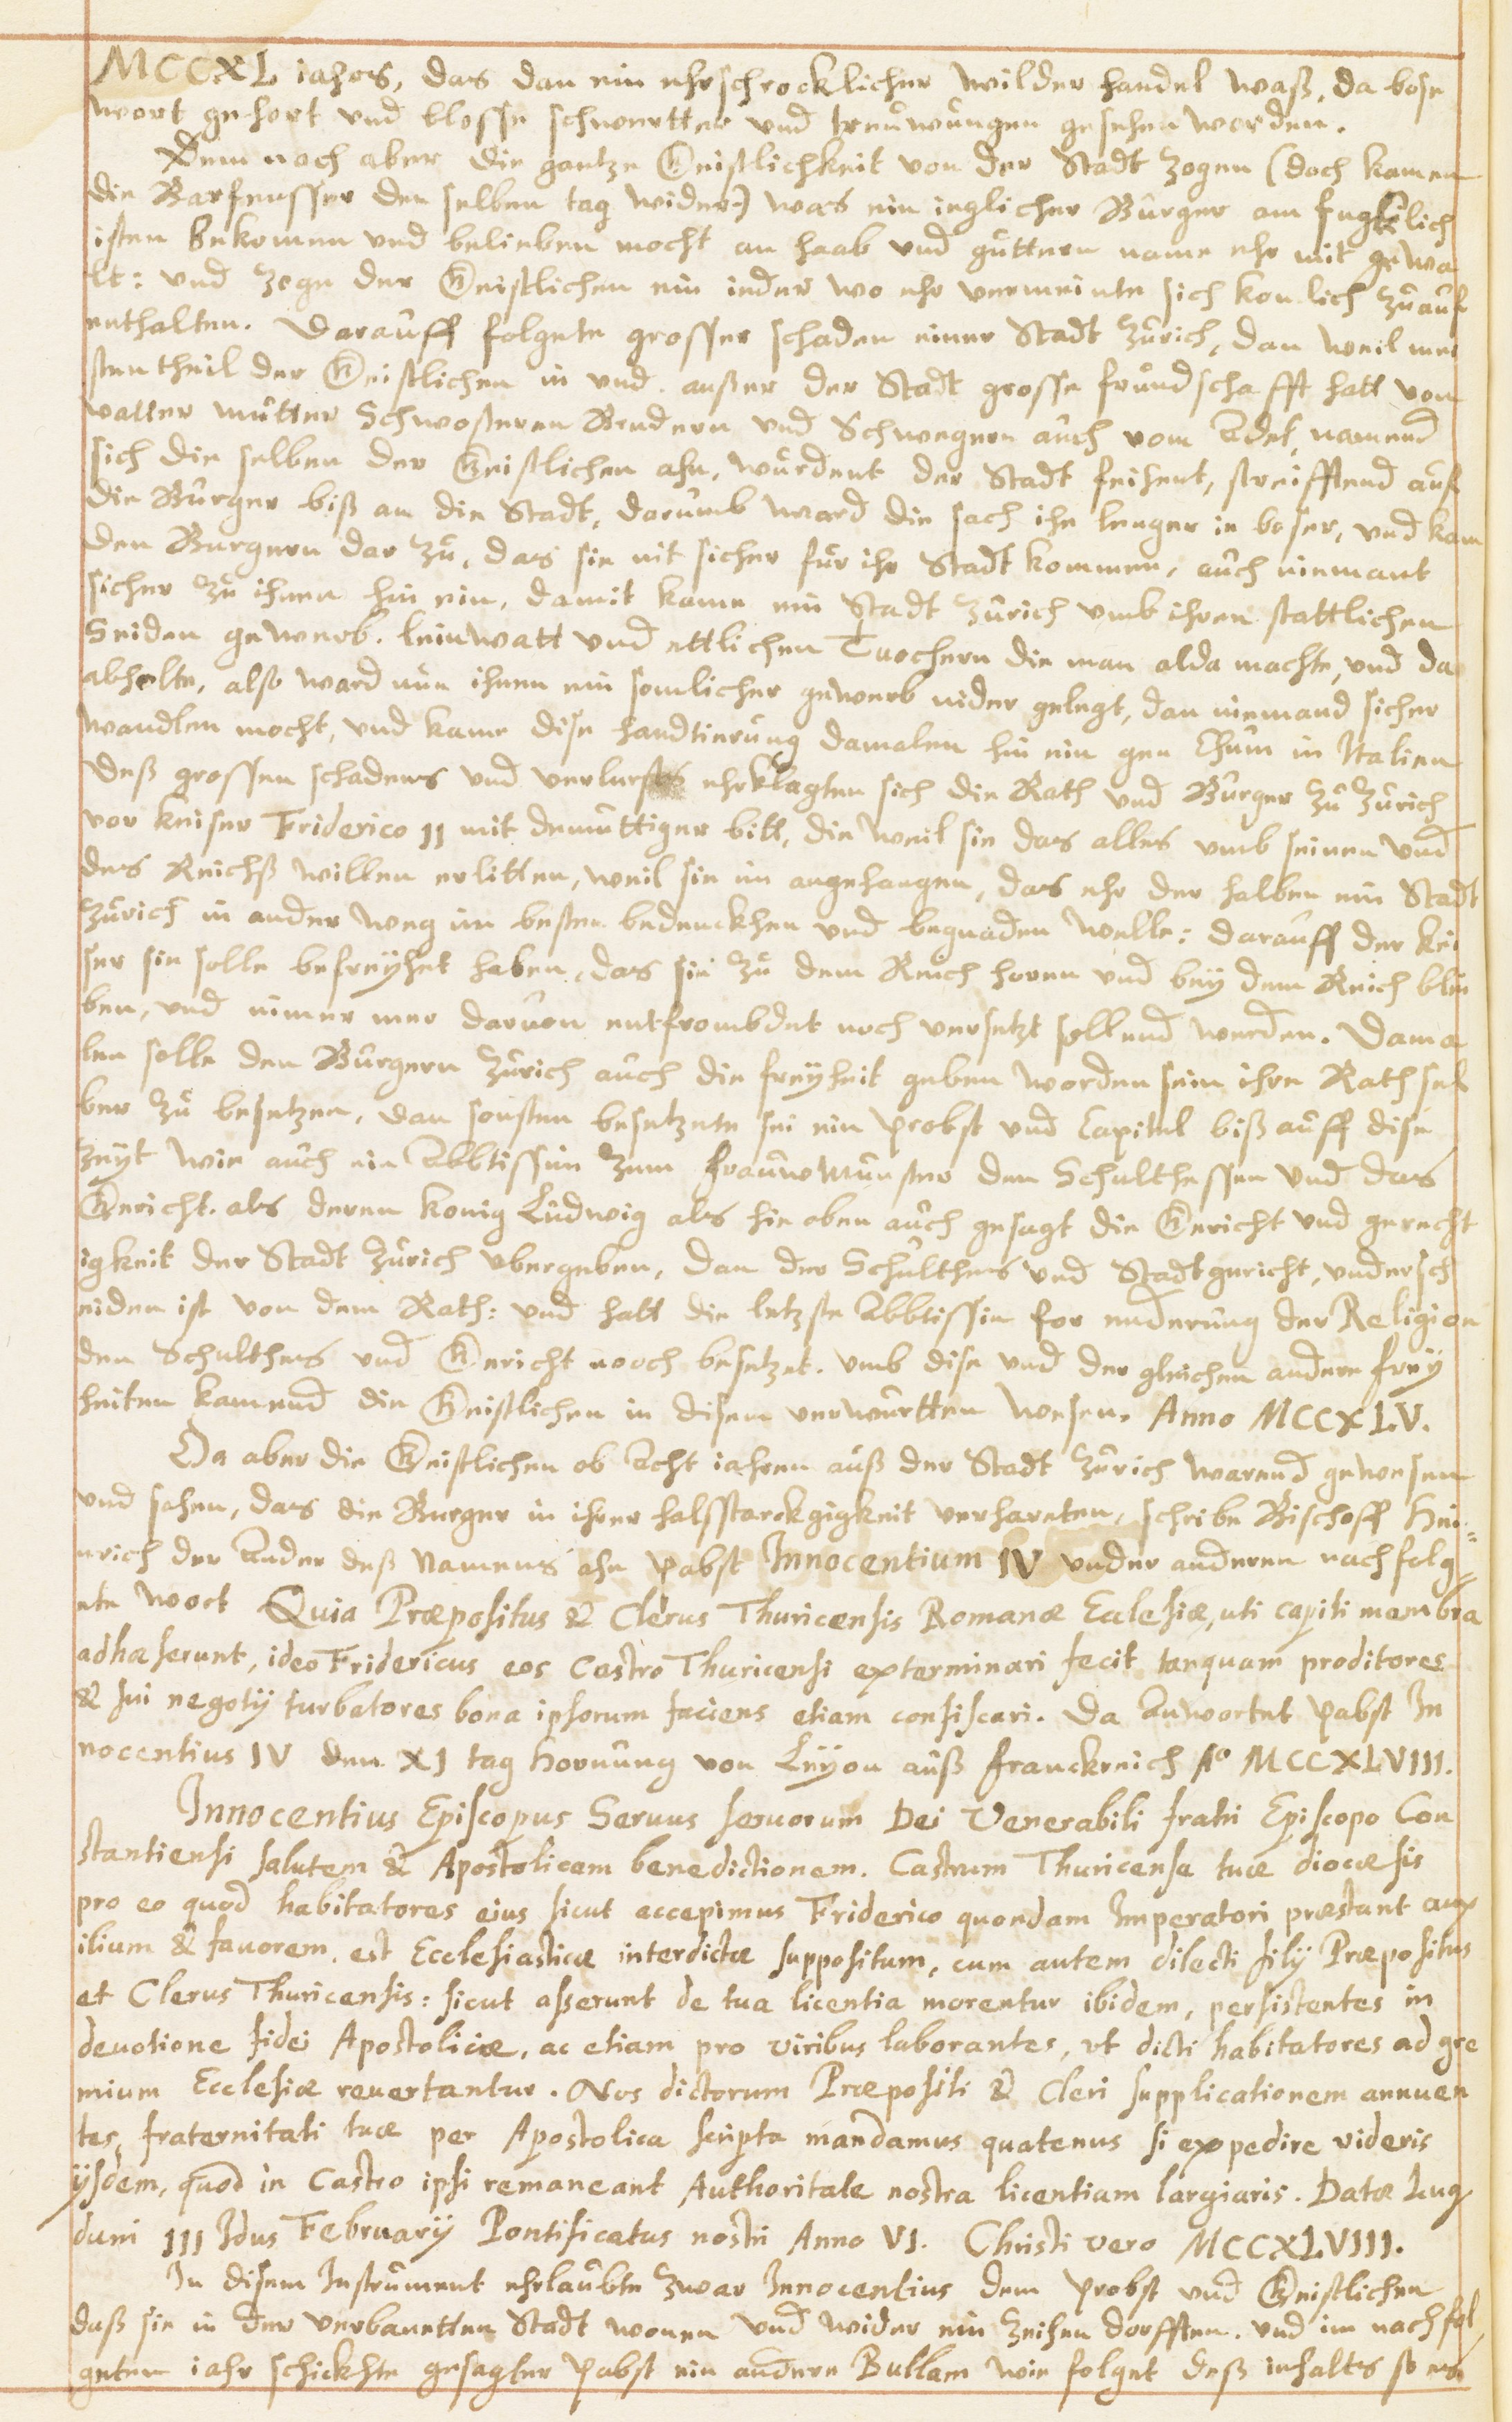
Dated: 1614–1638